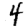
Digit: 4